Indian Civil Veterinary Department memoirs
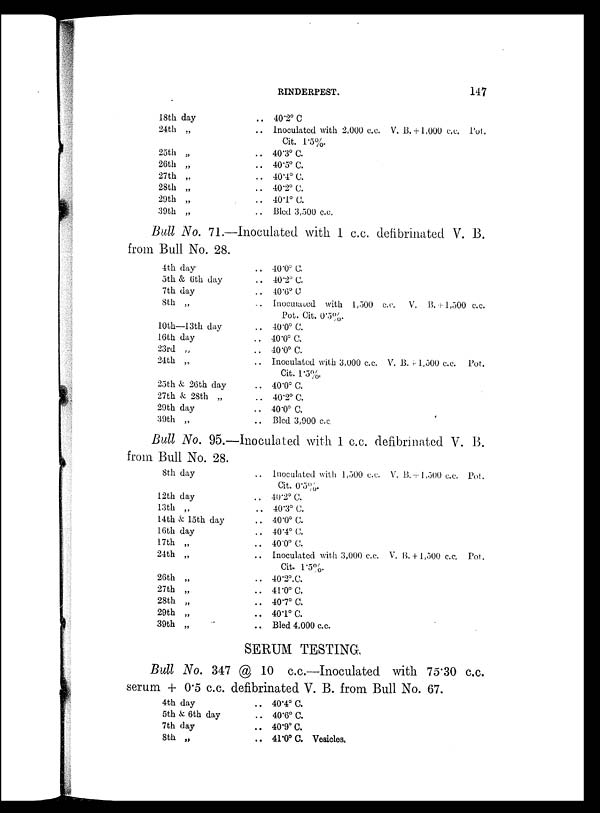
RINDERPEST.
147
18th day
24th „
25th „
26th „
27th „
28th „
29th „
39th „
.. 40.2º C
.. Inoculated with 2,000 c.c. V. B.+1,000 c.c. Pot,
Cit. 1.5%.
.. 40.3º C.
.. 40.5º C.
.. 40.4º C.
.. 40.2º C.
.. 40.1º C.
.. Bled 3,500 c.c.
Bull No. 71.—Inoculated with 1 c.c. defibrinated V. B.
from Bull No. 28.
4th day
5th & 6th day
7th day
8th „
10th—13th day
16th day
23rd „
24th „
25th & 26th day
27th & 28th „
29th day
39th „
.. 40.0º C.
.. 40.2º C.
.. 40.6º C
.. Inoculated with 1,500 c.c.
V. B+1,500 c.c.
Pot. Cit. 0.5%.
.. 40.0º C.
.. 40.0º C.
.. 40.0º C.
.. Inoculated with 3,000 c.c. V. B.+1,500 c.c. Pot.
Cit. 1.5%
.. 40.0º C.
.. 40.2º C.
.. 40.0º C.
.. Bled 3,900 c.c.
Bull No. 95.—Inoculated with 1 c.c. defibrinated V. B.
from Bull No. 28.
8th day
12th day
13th „
14th & 15th day
16th day
17th „
24th „
26th „
27th „
28th „
29th „
39th „
.. Inoculated with 1,500 c.c. V. B.+1,500 c.c. Pot.
Cit. 0.5%
.. 40.2º C.
.. 40.3º C.
.. 40.0º C.
.. 40.4º C.
.. 40.0º C.
.. Inoculated with 3,000 c.c. V. B.+1,500 c.c. Pot.
Cit. 1.5%.
.. 40.2º.C.
.. 41.0º C.
.. 40.7º C.
.. 40.1º C.
.. Bled 4,000 c.c.
SERUM TESTING.
Bull No. 347 @ 10 c.c.—Inoculated with 75.30 c.c.
serum + 0.5 c.c. defibrinated V. B. from Bull No. 67.
4th day
5th & 6th day
7th day
8th „
.. 40.4º C.
.. 40.6º C.
.. 40.9º C.
.. 41.0º C. Vesicles.